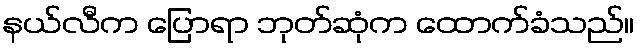
နယ်လီက ပြောရာ ဘုတ်ဆုံက ထောက်ခံသည်။